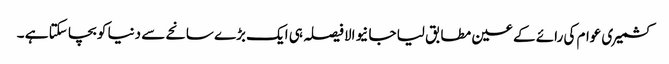
کشمیری عوام کی رائے کے عین مطابق لیا جا نیوالا فیصلہ ہی ایک بڑے سانحے سے دنیا کو بچا سکتا ہے ۔